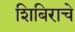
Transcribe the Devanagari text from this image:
शिबिराचे